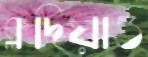
ক্লদিয়াও